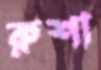
রুশা